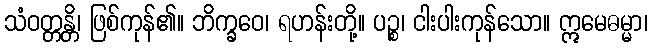
သံဝတ္တန္တိ၊ ဖြစ်ကုန်၏။ ဘိက္ခဝေ၊ ရဟန်းတို့။ ပဉ္စ၊ ငါးပါးကုန်သော။ ဣမေဓမ္မာ၊